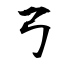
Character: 弓